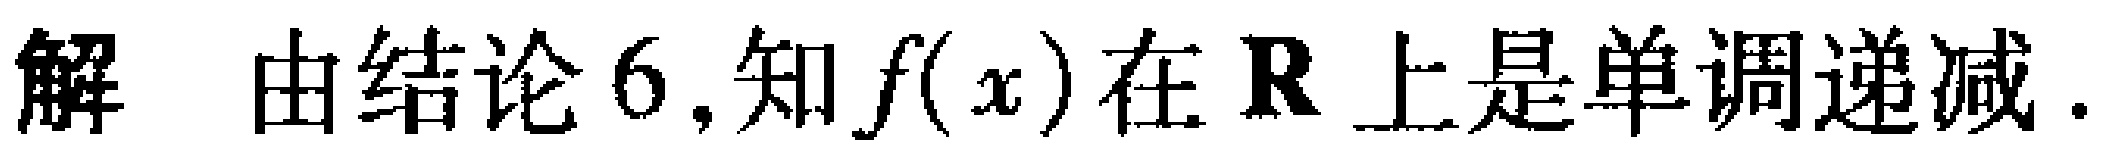
解 由结论6,知\(f(x)\)在\(\mathbf{R}\)上是单调递减.